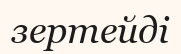
зертейді